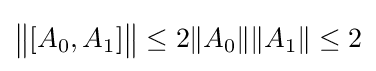
{\big \|}[A_{0},A_{1}]{\big \|}\leq 2\|A_{0}\|\|A_{1}\|\leq 2